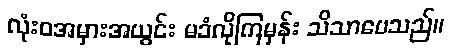
လုံးဝအမှားအယွင်း မခံလိုကြမှန်း သိသာပေသည်။